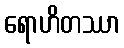
ရောဟိတဿာ